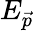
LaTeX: E_{\vec{p}}